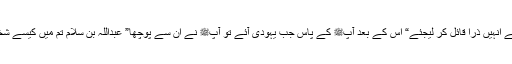
آپﷺ پہلے انہیں ذرا قائل کر لیجئے“ اس کے بعد آپﷺ کے پاس جب یہودی آئے تو آپﷺ نے ان سے پوچھا” عبداللہ بن سلام تم میں کیسے شخص ہیں؟